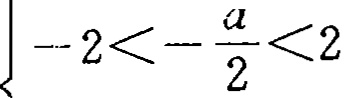
\(-2<-\frac{a}{2}<2\)